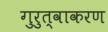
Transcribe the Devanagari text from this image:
गुरुत्वाकरण